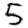
Digit: 5